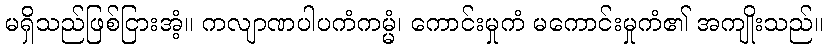
မရှိသည်ဖြစ်ငြားအံ့။ ကလျာဏပါပကံကမ္မံ၊ ကောင်းမှုကံ မကောင်းမှုကံ၏ အကျိုးသည်။